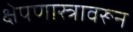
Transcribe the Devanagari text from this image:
क्षेपणास्त्रावरून